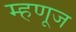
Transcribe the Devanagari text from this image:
म्हणूज